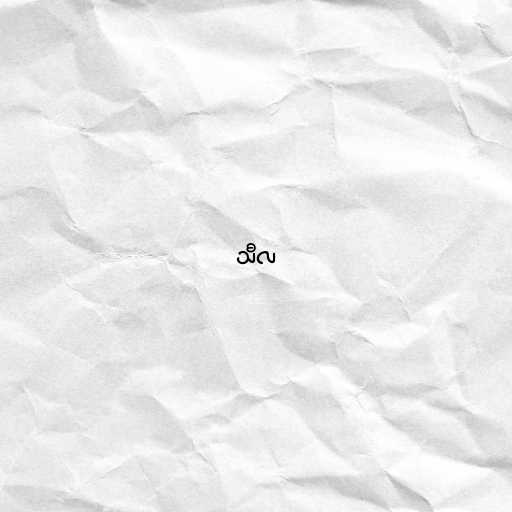
သီလ